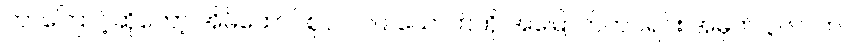
ဘာကြောင့်ဆိုတော့ အိမ်ထောင်စုဝင် ၁၉ ယောက်ကို အမြောက်တပ်ရင်း အမှတ် ၃၆၀ က